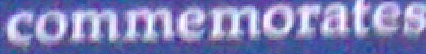
commemorates